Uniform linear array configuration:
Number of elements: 24
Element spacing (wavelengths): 0.75
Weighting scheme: cosine
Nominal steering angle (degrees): -30
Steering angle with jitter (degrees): -29.926
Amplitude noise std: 0.05
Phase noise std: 0.05

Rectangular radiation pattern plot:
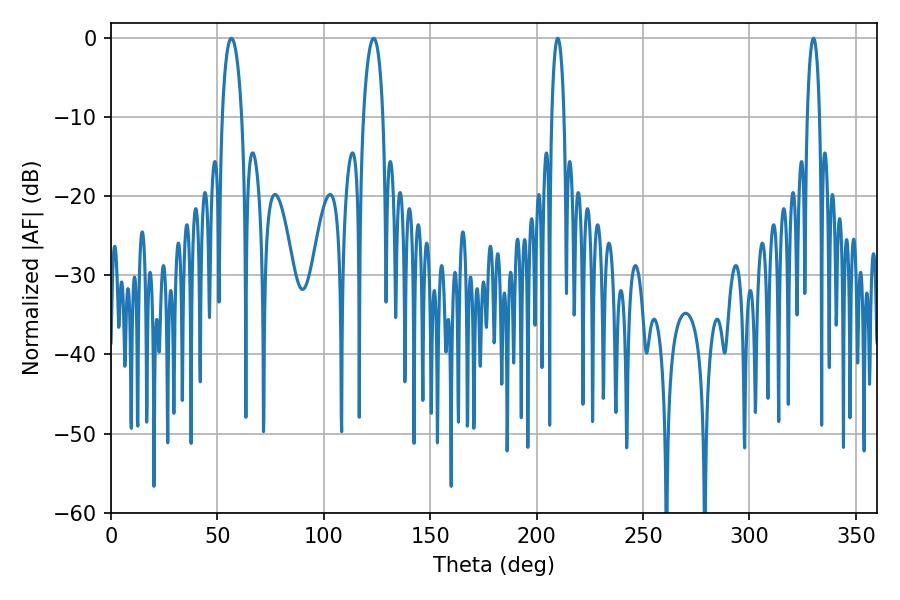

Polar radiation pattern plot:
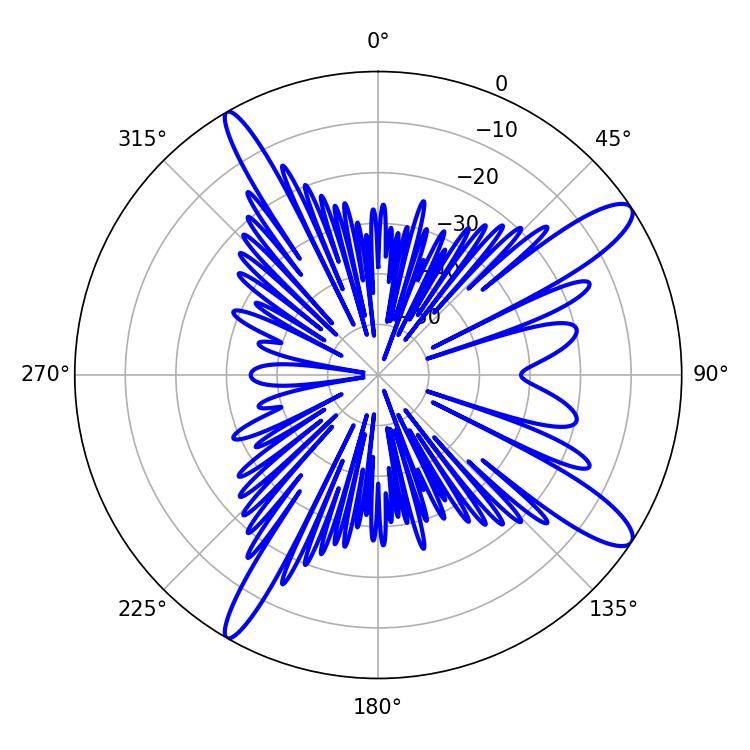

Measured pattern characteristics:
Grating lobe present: TRUE
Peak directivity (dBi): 12.73
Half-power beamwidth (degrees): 5.22
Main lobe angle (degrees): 56.52